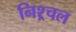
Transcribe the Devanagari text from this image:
निश्र्चल